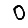
Digit: 0